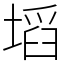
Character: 塪